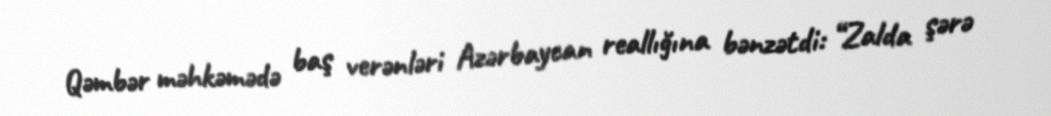
Qəmbər məhkəmədə baş verənləri Azərbaycan reallığına bənzətdi: “Zalda şərə